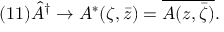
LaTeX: ( 1 1 ) \hat { A } ^ { \dagger } \rightarrow A ^ { * } ( \zeta , \bar { z } ) = \overline { { { A ( z , \bar { \zeta } ) } } } .